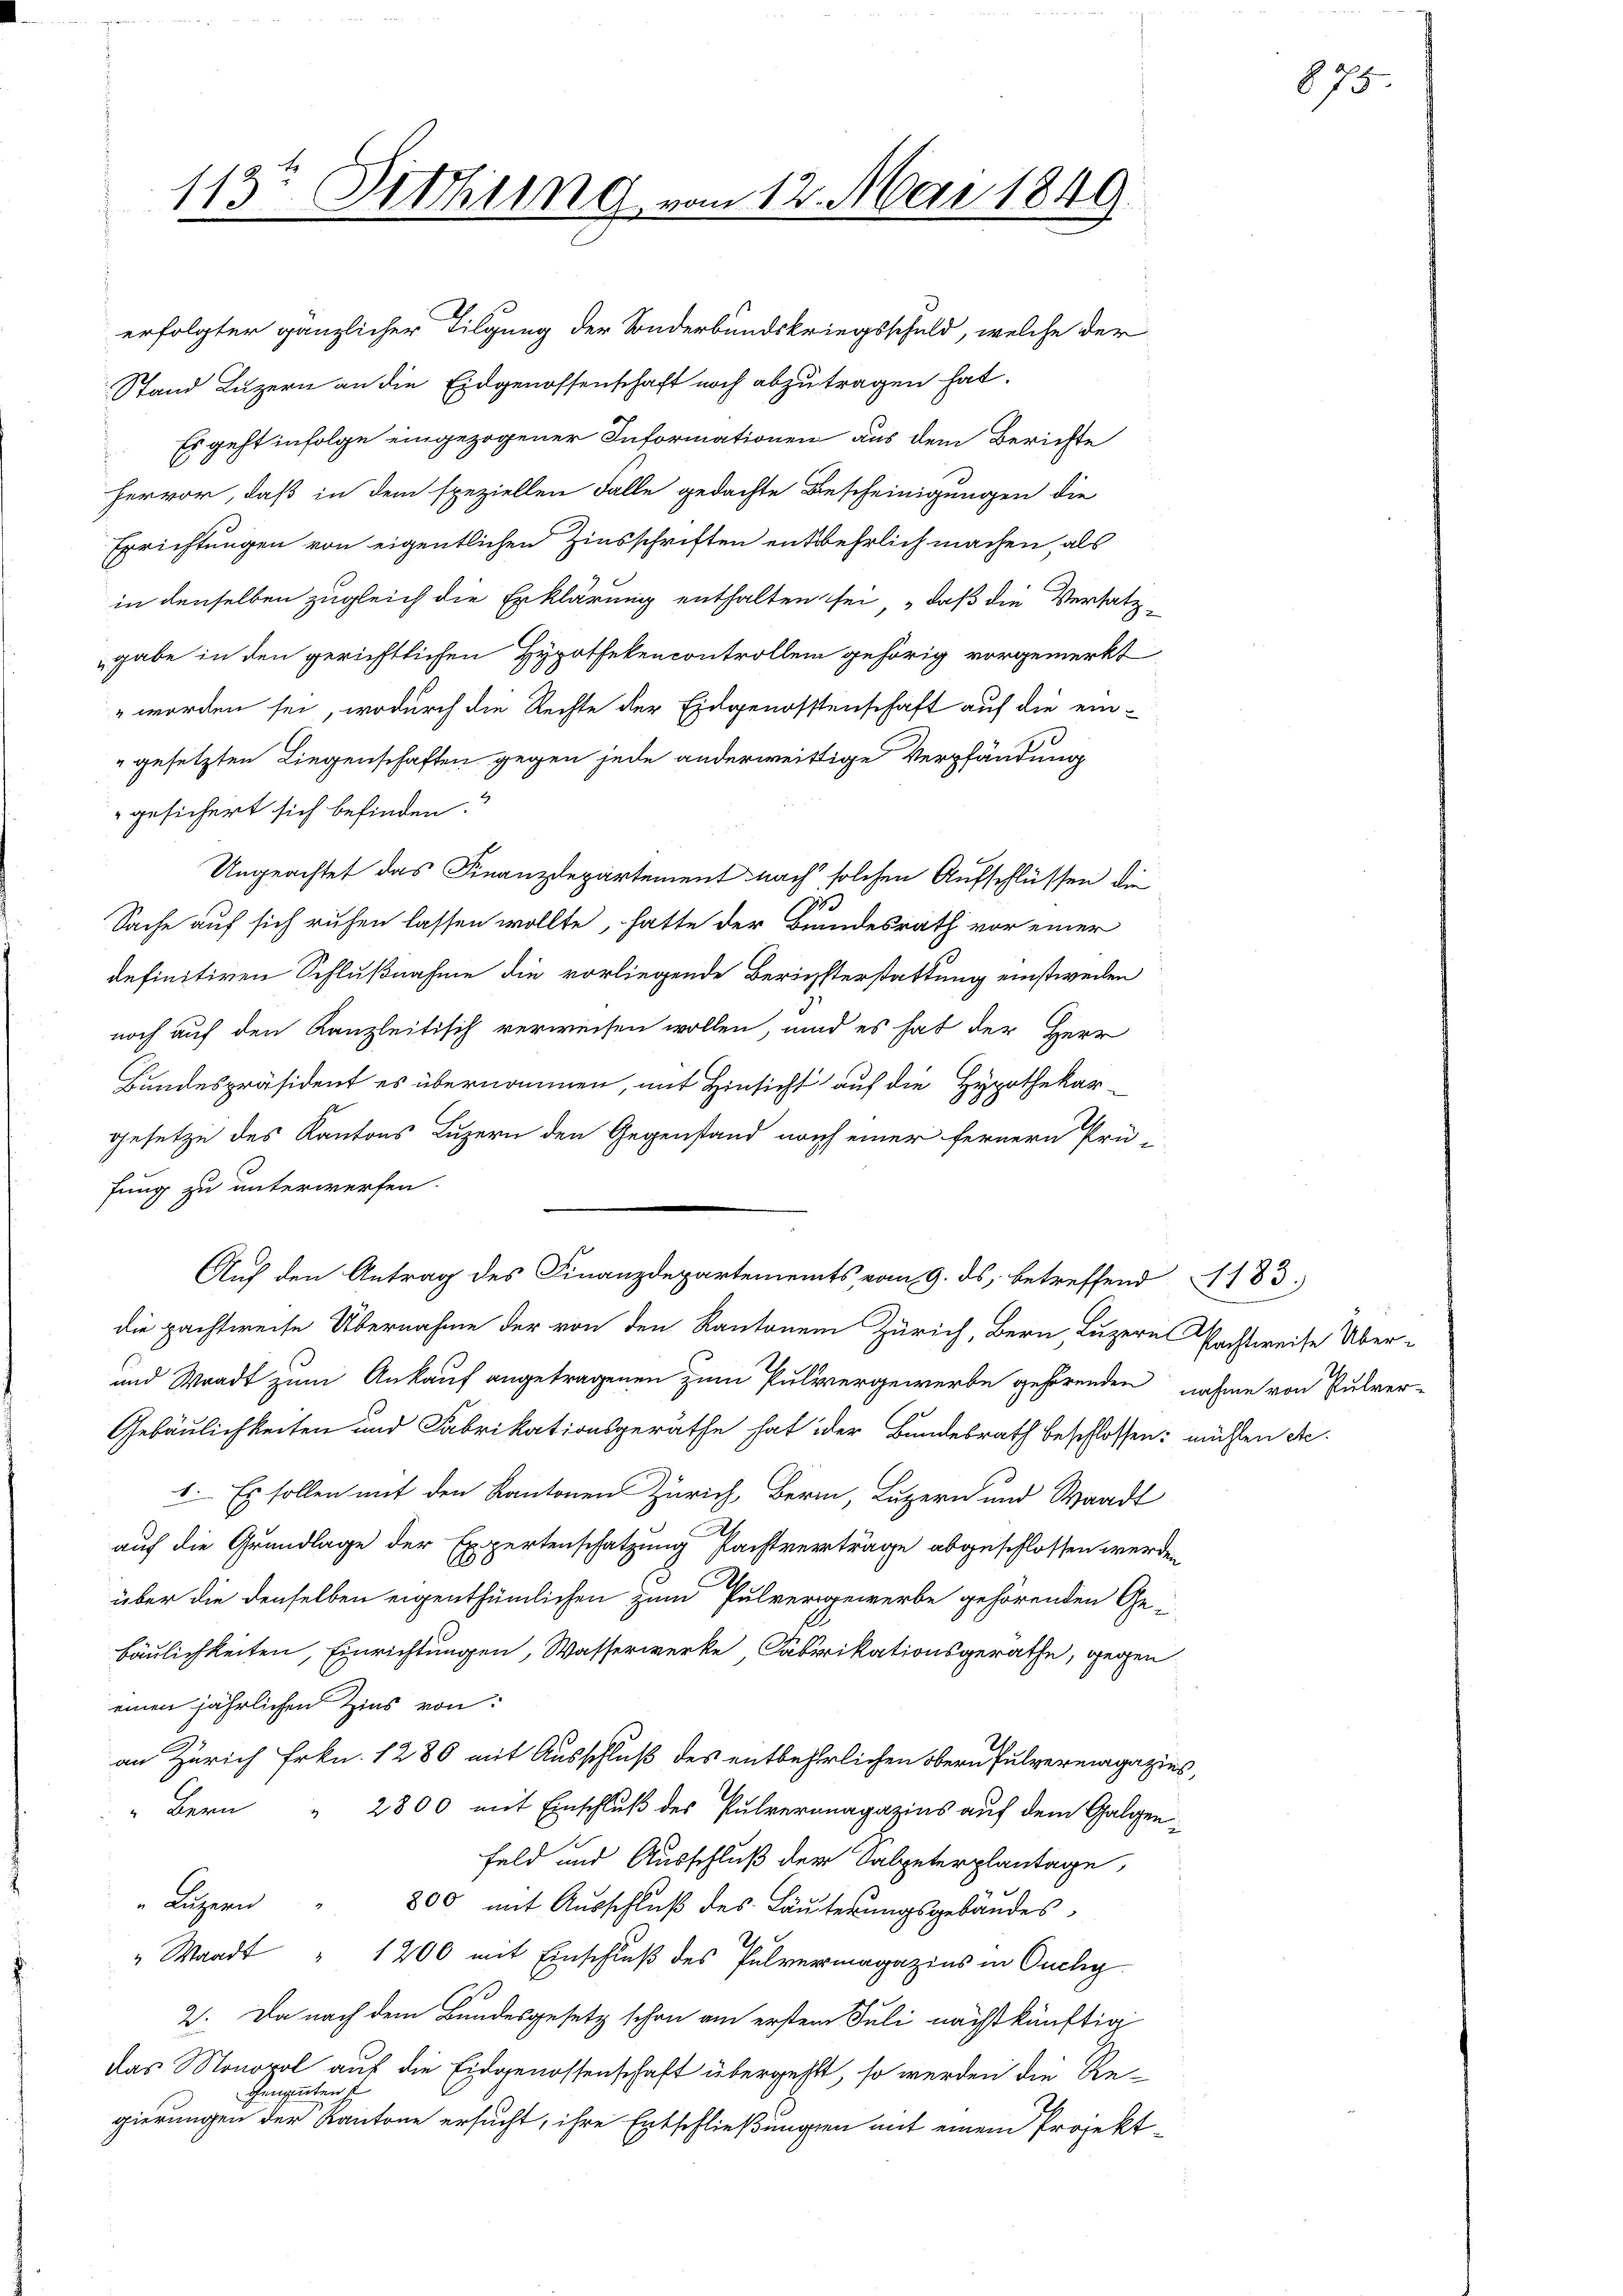
113r Sitzung vom 12. Mai 1849.

erfolgter gänzlicher Tilgung der Sonderbundskriegsschuld, welche der
Stand Luzern an die Eidgenossenschaft noch abzutragen hat.
Es geht infolge eingezogener Informationen aus dem Berichte
hervor, daß in dem speziellen Falle gedachte Bescheinigungen die

Errichtungen von eigentlichen Zinsschriften entbehrlich machen, als
in denselben zugleich die Erklärung enthalten sei, daß die Versatz
gabe in den gerichtlichen Hypothekencontrollen gehörig vorgemerkt
 worden sei, wodurch die Rechte der Eidgenossenschaft auf die ein-
"gesetzten Liegenschaften gegen jede anderweitige Verpfändung
gesichert sich befinden.
Ungeachtet das Finanzdepartement nach solchen Aufschlüssen die
17
Sache auf sich ruhen lassen wollte, hatte der Bundesrath vor einer
definitiven Schlußnahme die vorliegende Berichsterstattung einstweilen
noch auf den Kanzleitisch verweisen wollen, und es hat der Herr
Bundespräsident es übernommen, mit Hinsicht auf die Hypothekar-
gesetze des Kantons Luzern den Gegenstand noch einer fernern Prü-
fung zu unterwerfen.
Auf den Antrag des Finanzdepartements vom 9. ds. betreffend 1183.
die pachtweise Übernahme der von den Kantonen Zürich, Bern, Luzern Nachtweise Über¬
und Waadt zum Ankauf angetragenen zum Pulvergewerbe gehörenden nahme von Pulver-
Gebäulichkeiten und Fabrikationsgeräthe hat oder Bundesrath beschlossen: müssen etc.
1. Es sollen mit den Kantonen Zürich, Bern, Luzern und Waadt
.
auf die Grundlage der Expertenschatzung Pachtverträge abgeschlossen werden
über die denselben eigenthümlichen zum Pulvergewerbe gehörenden Ge-
bäulichkeiten, Einrichtungen, Wasserwerke, Fabrikationsgeräthe, gegen
einen jährlichen Zins von
an Zürich Frkn. 1280 mit Ausschluß des entbehrlichen Obern Pulvermagazins,
“ Bern " 2800 mit Einschluß des Pulveronagazins auf dem Galgen¬
Feld und Ausschluß der Salpeterplantage,
" Lŭzern " 800 mit Aŭsschlŭβ des Läŭterŭngsgebäŭdes
2
" Waadt " 1200 mit Einschluß des Pulvermagazins in Ouchy
2. Da nach dem Bundesgesetz schon am erstem Juli nächstkünftig
das Monopol auf die Eidgenossenschaft übergeht, so werden die Re¬
Genannten s
gierungen der Kantone ersucht, ihre Entschließungen mit einem Projekt¬

875.